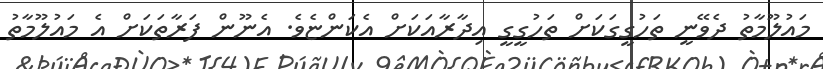
މައުލޫމާތު ދެވޭނީ ތަހުގީގަކަށް ތަހުގީގީ އިދާރާއަކަށް އެކަންޏެވެ. އެނޫން ފަރާތަކަށް އެ މައުލޫމާތު